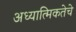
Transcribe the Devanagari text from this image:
अध्यात्मिकतेचे